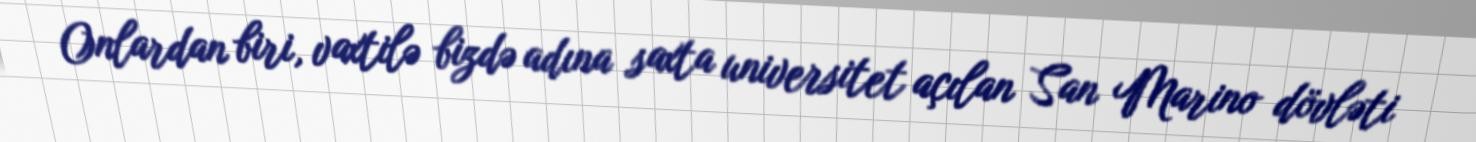
Onlardan biri, vaxtilə bizdə adına saxta universitet açılan San Marino dövləti